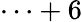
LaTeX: \cdots+6